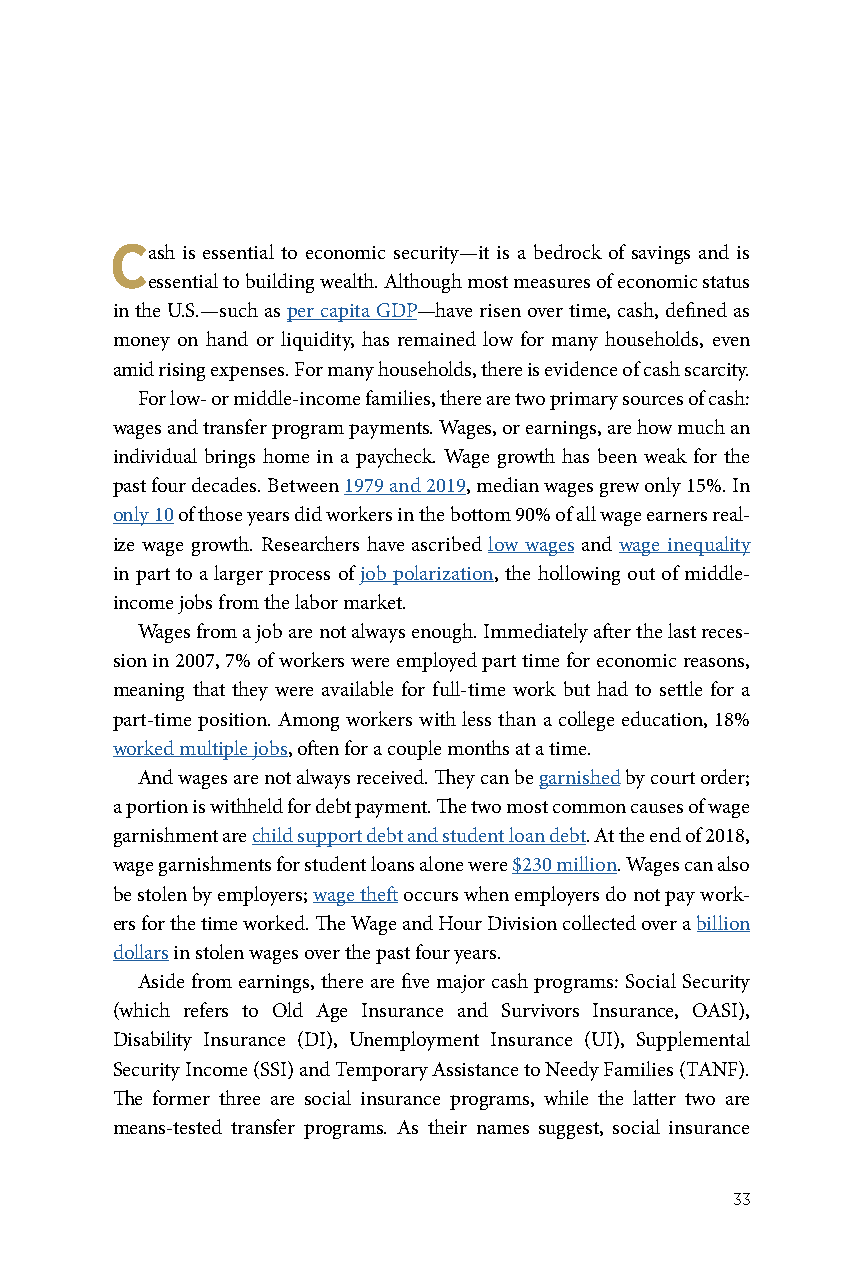
Cash is essential to economic security—it is a bedrock of savings and is
 essential to building wealth. Although most measures of economic status
 in the U.S.—such as per capita GDP—have risen over time, cash, defined as
 money on hand or liquidity, has remained low for many households, even
 amid rising expenses. For many households, there is evidence of cash scarcity.
 For low- or middle-income families, there are two primary sources of cash:
 wages and transfer program payments. Wages, or earnings, are how much an
 individual brings home in a paycheck. Wage growth has been weak for the
 past four decades. Between 1979 and 2019, median wages grew only 15%. In
 only 10 of those years did workers in the bottom 90% of all wage earners real-
 ize wage growth. Researchers have ascribed low wages and wage inequality
 in part to a larger process of job polarization, the hollowing out of middle-
 income jobs from the labor market.
 Wages from a job are not always enough. Immediately after the last reces-
 sion in 2007, 7% of workers were employed part time for economic reasons,
 meaning that they were available for full-time work but had to settle for a
 part-time position. Among workers with less than a college education, 18%
 worked multiple jobs, often for a couple months at a time.
 And wages are not always received. They can be garnished by court order;
 a portion is withheld for debt payment. The two most common causes of wage
 garnishment are child support debt and student loan debt. At the end of 2018,
 wage garnishments for student loans alone were $230 million. Wages can also
 be stolen by employers; wage theft occurs when employers do not pay work-
 ers for the time worked. The Wage and Hour Division collected over a billion
 dollars in stolen wages over the past four years.
 Aside from earnings, there are five major cash programs: Social Security
 (which refers to Old Age Insurance and Survivors Insurance, OASI),
 Disability Insurance (DI), Unemployment Insurance (UI), Supplemental
 Security Income (SSI) and Temporary Assistance to Needy Families (TANF).
 The former three are social insurance programs, while the latter two are
 means-tested transfer programs. As their names suggest, social insurance
 33